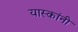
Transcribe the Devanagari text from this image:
यास्कांनी